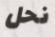
نحل